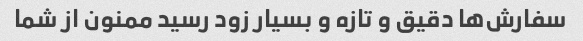
سفارش‌ها دقیق و تازه و بسیار زود رسید ممنون از شما